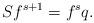
LaTeX: \begin{align*}S f^{s+1} = f^s q.\end{align*}